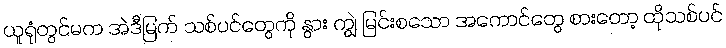
ယူရုံတွင်မက အဲဒီမြက် သစ်ပင်တွေကို နွား ကျွဲ မြင်းစသော အကောင်တွေ စားတော့ ထိုသစ်ပင်